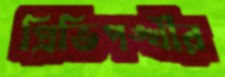
প্রিভিপঙ্খীর